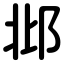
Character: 邶